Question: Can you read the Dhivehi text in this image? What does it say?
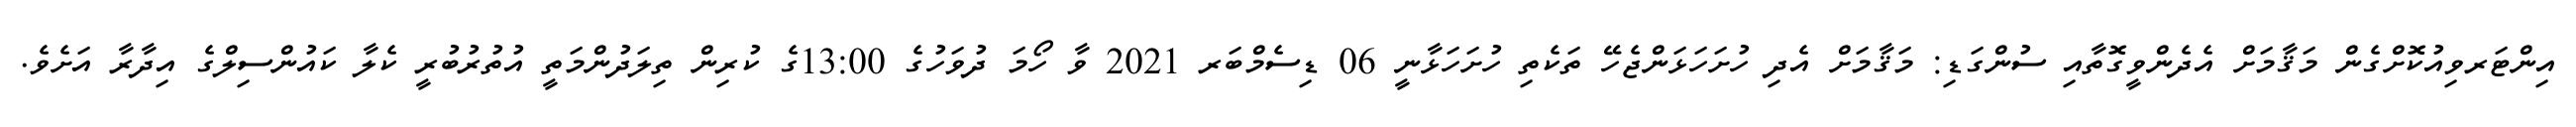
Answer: އިންޓަރވިއުކޮށްގެން މަޤާމަށް އެދެންވީގޮތާއި ސުންގަޑި: މަޤާމަށް އެދި ހުށަހަޅަންޖެހޭ ތަކެތި ހުށަހަޅާނީ 06 ޑިސެމްބަރ 2021 ވާ ހޯމަ ދުވަހުގެ 13:00ގެ ކުރިން ތިލަދުންމަތީ އުތުރުބުރީ ކެލާ ކައުންސިލްގެ އިދާރާ އަށެވެ.